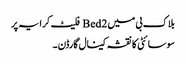
بلاک بی میں 2 Bed فلیٹ کرایہ پر
سوسائٹی کا نقشہ کینال گارڈن ۔